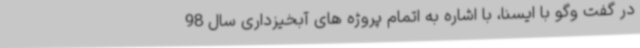
در گفت وگو با ایسنا، با اشاره به اتمام پروژه های آبخیزداری سال 98